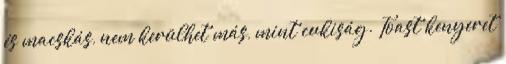
és macskás, nem kerülhet más, mint cukiság. Toast kenyeret